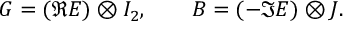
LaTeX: G = ( { \Re } E ) \otimes I _ { 2 } , \qquad B = ( - { \Im } E ) \otimes J .